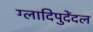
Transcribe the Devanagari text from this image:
ग्लादिपुदेंदल